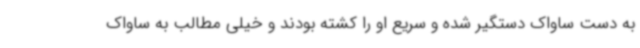
به دست ساواک دستگیر شده و سریع او را کشته بودند و خیلی مطالب به ساواک